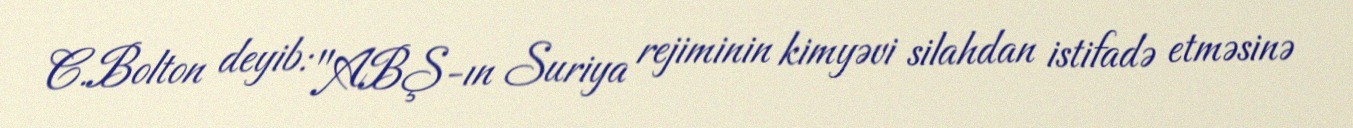
C.Bolton deyib: "ABŞ-ın Suriya rejiminin kimyəvi silahdan istifadə etməsinə